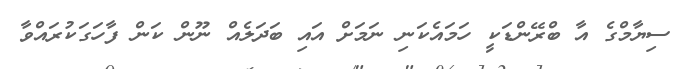
ސިޔާމްގެ އާ ބްރޭންޑަކީ ހަމައެކަނި ނަމަށް އައި ބަދަލެއް ނޫން ކަން ފާހަގަކުރައްވާ